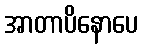
အာတာပိနောပေ